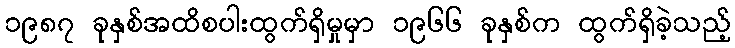
၁၉၈၇ ခုနှစ်အထိစပါးထွက်ရှိမှုမှာ ၁၉၆၆ ခုနှစ်က ထွက်ရှိခဲ့သည့်